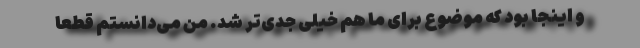
و اینجا بود که موضوع برای ما هم خیلی جدی‌تر شد. من می‌دانستم قطعا